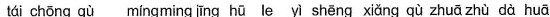
tái chōng qù míng ming jīng hū le yì shēng xiǎng qù zhuā zhù dà huā